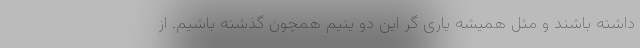
داشته باشند و مثل همیشه یاری گر این دو یتیم همچون گذشته باشیم. از